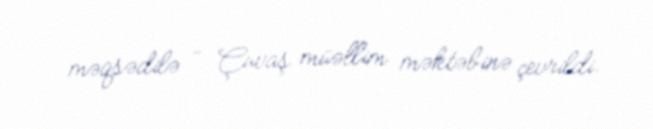
məqsədilə - Çuvaş müəllim məktəbinə çevrildi.